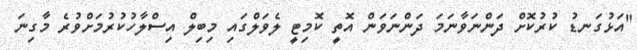
"އަޅުގަނޑު ކުރުކޮށް ދަންނަވާނަމަ ދަންނަވަން އޮތީ ކޮމިޓީ ލެވަލްގައި މިބިލް އިސްލާހުކުރުމަށްވުރެ މާގިނަ